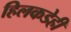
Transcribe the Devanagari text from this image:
हिलकडेही